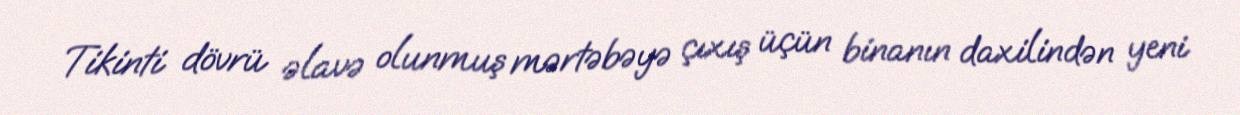
Tikinti dövrü əlavə olunmuş mərtəbəyə çıxış üçün binanın daxilindən yeni